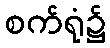
စက်ရုံ၌